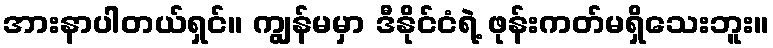
အားနာပါတယ်ရှင်။ ကျွန်မမှာ ဒီနိုင်ငံရဲ့ ဖုန်းကတ်မရှိသေးဘူး။